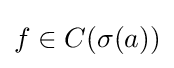
f\in C(\sigma (a))